Leprosy in India: report of the Leprosy Commission in India, 1890-91
Year: 1890
Disease focus: Leprosy
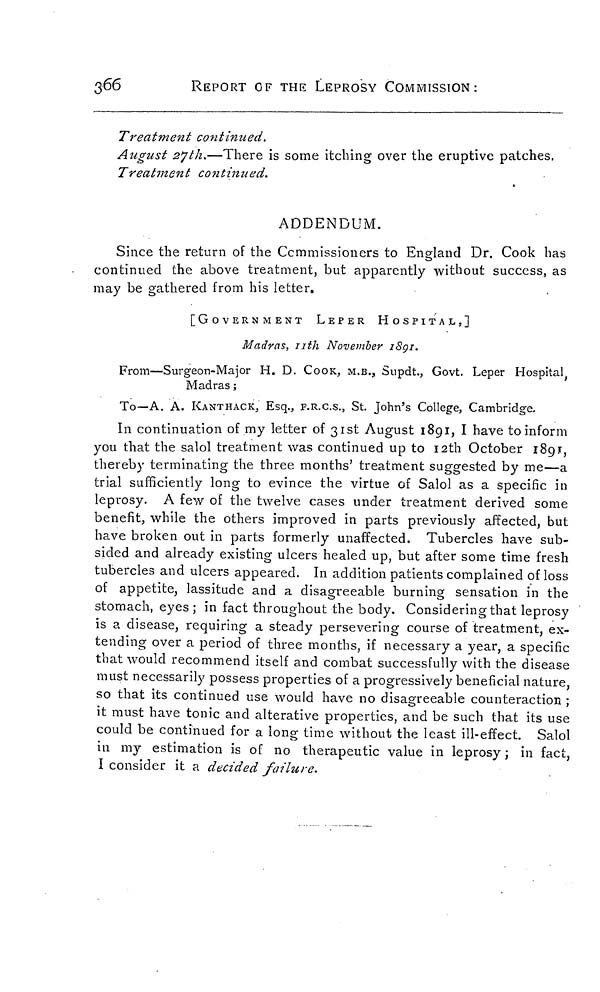
366
REPORT OF THE LEPROSY COMMISSION:
Treatment continued.
August 27th.—There is some itching over the eruptive patches.
Treatment continued.
ADDENDUM.
Since the return of the Commissioners to England Dr. Cook has
continued the above treatment, but apparently without success, as
may be gathered from his letter.
[GOVERNMENT
LEPER
HOSPITAL,]
Madras, nth November 1891.
From—Surgeon-Major H. D. COOK, M.B., Supdt., Govt. Leper Hospital,
Madras ;
To—A. A. KANTHACK, Esq., F.R.C.S., St. John's College, Cambridge.
In continuation of my letter of 31st August 1891, I have to inform
you that the salol treatment was continued up to 12th October 1891,
thereby terminating the three months' treatment suggested by me—a
trial sufficiently long to evince the virtue of Salol as a specific in
leprosy. A few of the twelve cases under treatment derived some
benefit, while the others improved in parts previously affected, but
have broken out in parts formerly unaffected. Tubercles have sub-
sided and already existing ulcers healed up, but after some time fresh
tubercles and ulcers appeared. In addition patients complained of loss
of appetite, lassitude and a disagreeable burning sensation in the
stomach, eyes; in fact throughout the body. Considering that leprosy
is a disease, requiring a steady persevering course of treatment, ex-
tending over a period of three months, if necessary a year, a specific
that would recommend itself and combat successfully with the disease
must necessarily possess properties of a progressively beneficial nature,
so that its continued use would have no disagreeable counteraction ;
it must have tonic and alterative properties, and be such that its use
could be continued for a long time without the least ill-effect. Salol
in my estimation is of no therapeutic value in leprosy; in fact,
I consider it a decided failure.